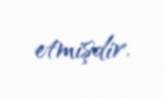
etmişdir.